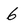
Character: 6